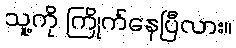
သူ့ကို ကြိုက်နေပြီလား။